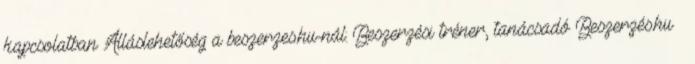
kapcsolatban Álláslehetőség a beszerzes.hu-nál: Beszerzési tréner, tanácsadó Beszerzés.hu –